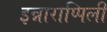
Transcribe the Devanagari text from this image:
इन्नाराप्पिली